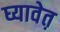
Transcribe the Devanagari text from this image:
घ्यावेत़